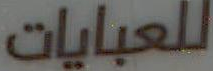
للعبايات